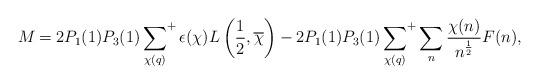
LaTeX: \begin{align*}M_{} &= 2P_1(1)P_3(1)\sideset{}{^+}\sum_{\chi(q)} \epsilon(\chi) L \left( \frac{1}{2},\overline{\chi}\right) - 2P_1(1)P_3(1) \sideset{}{^+}\sum_{\chi(q)} \sum_n \frac{\chi(n)}{n^{\frac{1}{2}}} F(n),\end{align*}